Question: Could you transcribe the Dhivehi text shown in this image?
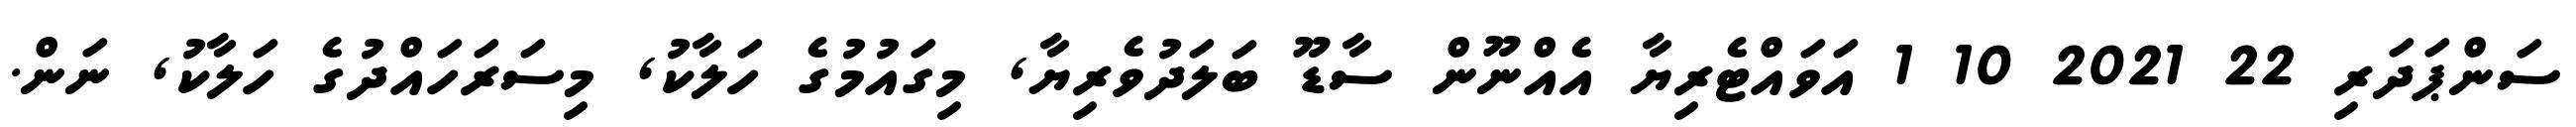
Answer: ސަންޕަދަރި 22 2021 10 1 އަވައްޓެރިޔާ އެއްނޫން ސާޑޫ ބަލަދުވެރިޔާ, މިގައުމުގެ ހަލާކު, މިސަރަހައްދުގެ ހަލާކު, ނަން.